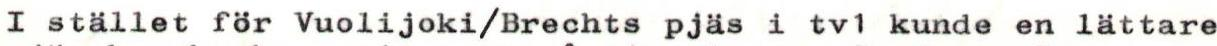
I stället för Vuolijoki/Brechts pjäs i tv1 kunde en lättare